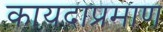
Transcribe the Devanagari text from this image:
कायदाप्रमाण